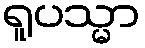
ရူပသ္မာ